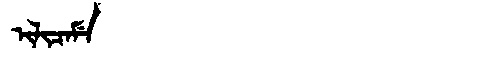
Manchu: ᡳᠯᡳᠴᠠᠮᡝ
Romanization: ILICAME